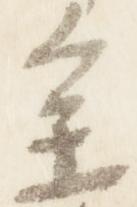
参